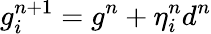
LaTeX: g_{i}^{n+1}=g^{n}+\eta_{i}^{n}d^{n}